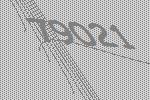
79021